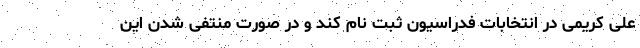
علی کریمی در انتخابات فدراسیون ثبت نام کند و در صورت منتفی شدن این